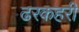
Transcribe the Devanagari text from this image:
ढरकहरी